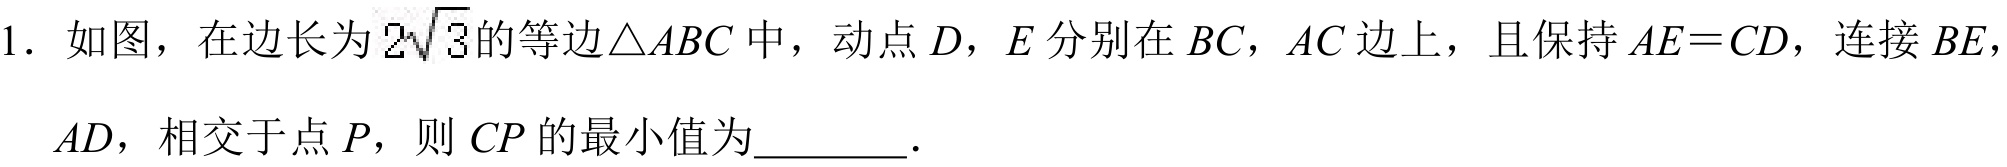
1. 如图，在边长为\(2\sqrt{3}\)的等边\(\triangle ABC\)中，动点\(D\)，\(E\)分别在\(BC\)，\(AC\)边上，且保持\(AE = CD\)，连接\(BE\)，\(AD\)，相交于点\(P\)，则\(CP\)的最小值为  ．